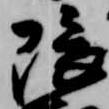
隈